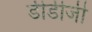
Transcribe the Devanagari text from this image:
डीडीजी